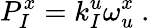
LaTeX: {P}_{I}^{x}=k_{I}^{u}\omega_{u}^{x}\ .